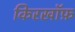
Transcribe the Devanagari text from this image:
किरखॉफ़